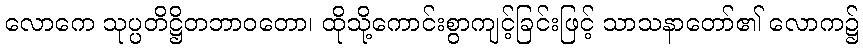
လောကေ သုပ္ပတိဋ္ဌိတဘာဝတော၊ ထိုသို့ကောင်းစွာကျင့်ခြင်းဖြင့် သာသနာတော်၏ လောက၌